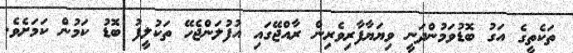
ތަކެތީގެ އަގު ބޮޑުވަމުންދަނީ ވިޔަޔާފާރިވެރިން ރާއްޖޭގައި އުފުލަންޖެހޭ ތަކުލީފު ބޮޑު ކަމުން ކަމަށެވެ.